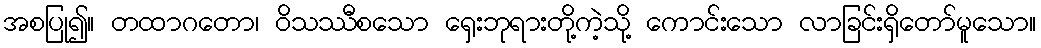
အစပြု၍။ တထာဂတော၊ ဝိသဿီစသော ရှေးဘုရားတို့ကဲ့သို့ ကောင်းသော လာခြင်းရှိတော်မူသော။